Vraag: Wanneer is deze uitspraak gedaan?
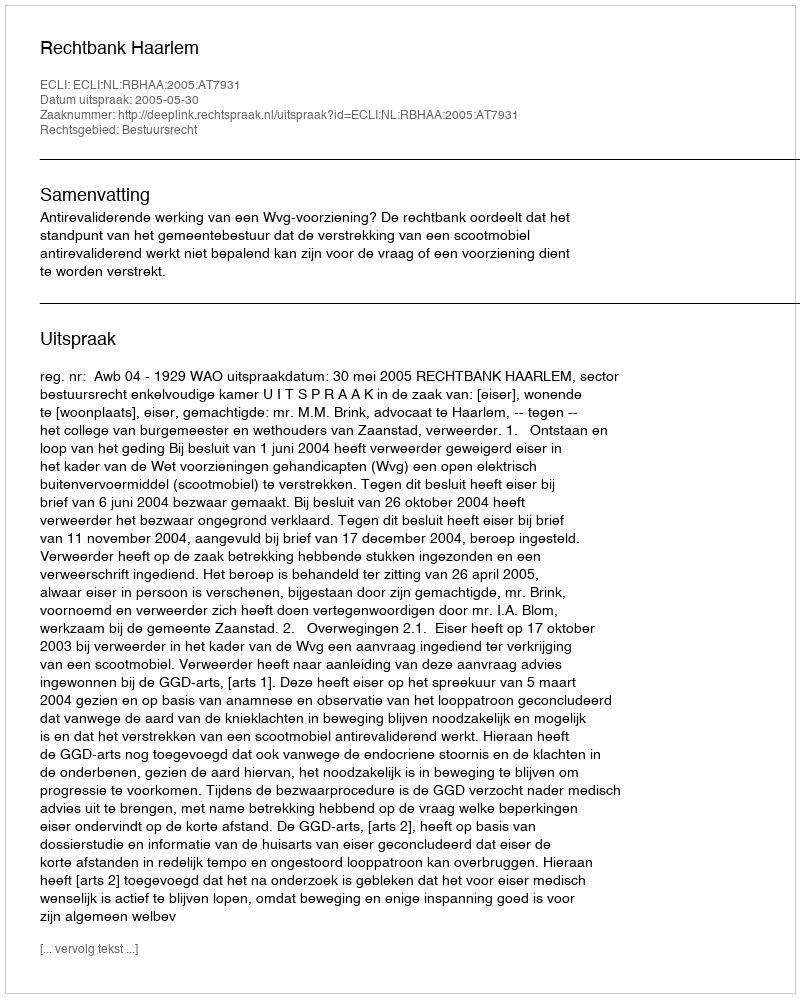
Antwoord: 2005-05-30